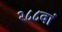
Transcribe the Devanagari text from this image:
२८८वां